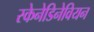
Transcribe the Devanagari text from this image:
स्केनेडिनेवियन